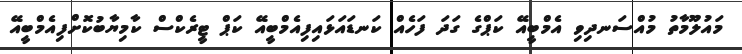
މައުލޫމާތު މުއްސަނދިވި އެމްބީއޭ ކަޕްގެ ގަދަ ފަހެއް ކަނޑައަޅައިފިއެމްބީއޭ ކަޕް ޓީރެކްސް ކާމިޔާބުކޮށްފިއެމްބީއޭ